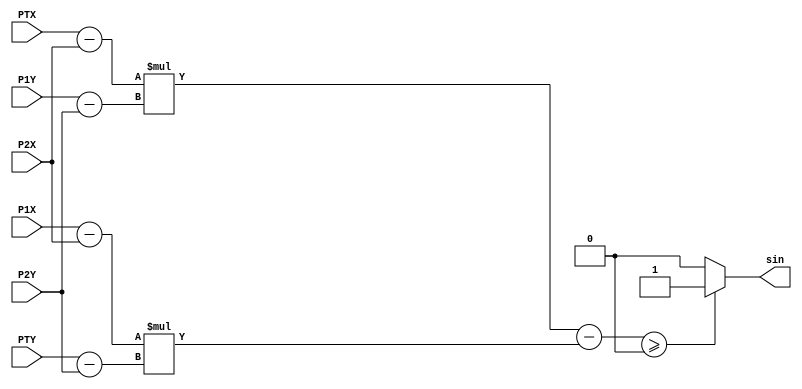
module sing(
    input [11:0] PTX,
    input [11:0] PTY,

    input [11:0] P1X,
    input [11:0] P1Y,

    input [11:0] P2X,
    input [11:0] P2Y,

    output sin
);

    wire signed [11:0] Sub1;
    wire signed [11:0] Sub2;
    wire signed [11:0] Sub3;
    wire signed [11:0] Sub4;

    wire signed [22:0] Sub5;

    wire signed [22:0] Mult1;
    wire signed [22:0] Mult2;


    assign Sub1 = PTX - P2X;
    assign Sub2 = P1Y - P2Y;
    assign Sub3 = P1X - P2X;
    assign Sub4 = PTY - P2Y;

    assign Mult1 = Sub1 * Sub2;
    assign Mult2 = Sub3 * Sub4;

    assign Sub5 = Mult1 - Mult2;

    assign sin = (Sub5 >= 0) ? 1 : 0;

endmodule

module PointInTriangle(
    input clk,
    input [11:0] PTX,
    input [11:0] PTY,

    output inTriangle
);
    reg [11:0] P1X;
    reg [11:0] P1Y;

    reg [11:0] P2X;
    reg [11:0] P2Y;

    reg [11:0] P3X;
    reg [11:0] P3Y;

    reg [2:0] count = 0;

    wire sin1;
    wire sin2;
    wire sin3;

    sing S1(PTX, PTY, P1X, P1Y, P2X, P2Y, sin1);
    sing S2(PTX, PTY, P2X, P2Y, P3X, P3Y, sin2);
    sing S3(PTX, PTY, P3X, P3Y, P1X, P1Y, sin3);

    assign inTriangle = (sin1 == sin2 && sin2 == sin3) ? 1 : 0;

    always @ (clk) begin
            if(count == 0) begin
                P1X = -6;
                P1Y = -1;

                P2X =  3;
                P2Y =  3;

                P3X =  3;
                P3Y = -3;

                count <= count + 1;
            end

            if(count == 1) begin
                P1X =  20;
                P1Y = -2;

                P2X =  -1;
                P2Y =   8;

                P3X =  20;
                P3Y =  12;

                count <= count + 1;
            end

            if(count == 2) begin
                P1X =  -17;
                P1Y =  -4;

                P2X =     5;
                P2Y =   15;

                P3X =  -43;
                P3Y =   20;

                count <= 0;
            end
    end

endmodule

module test;

    reg [11:0] PTX;
    reg [11:0] PTY;

    reg clk;

    wire InTriangle;

    PointInTriangle P(clk , PTX, PTY, InTriangle);


    initial begin
        $dumpvars(0, P);
        #1
        clk <= 1;
        PTX <= -3;
        PTY <= 3;
        #1
        PTX <= -14;
        PTY <=  12;
        #10

        #1
        clk <= 0;
        PTX <= -3;
        PTY <= 3;
        #1
        PTX <= -14;
        PTY <=  12;
        #10

        #1
        clk <= 1;
        PTX <= -3;
        PTY <= 3;
        #1
        PTX <= -14;
        PTY <=  12;
        #10
        $finish;
    end
endmodule